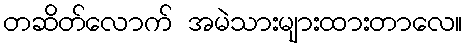
တဆိတ်လောက် အမဲသားများထားတာလေ။